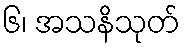
၆၊ အသနိသုတ်